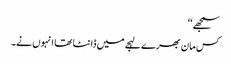
سمجھے‘‘
کس مان بھرے لہجے میں ڈانٹا تھا انہوں نے۔